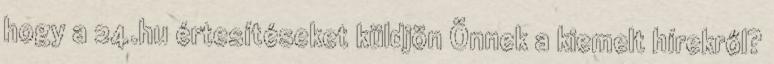
hogy a 24.hu értesítéseket küldjön Önnek a kiemelt hírekről?